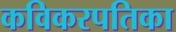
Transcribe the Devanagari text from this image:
कविकरपतिका